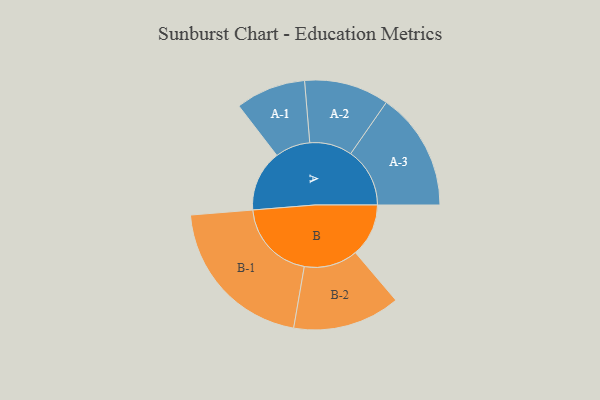
{"axis": {"x": "Segment", "y": "Value"}, "legend": ["", "A", "B"], "data": [{"x": "A", "y": 216, "type": ""}, {"x": "B", "y": 188, "type": ""}, {"x": "A-1", "y": 124, "type": "A"}, {"x": "A-2", "y": 150, "type": "A"}, {"x": "A-3", "y": 209, "type": "A"}, {"x": "B-1", "y": 286, "type": "B"}, {"x": "B-2", "y": 190, "type": "B"}]}